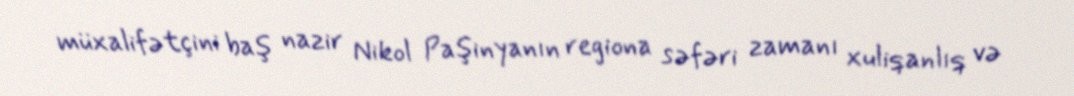
müxalifətçini baş nazir Nikol Paşinyanın regiona səfəri zamanı xuliqanlıq və